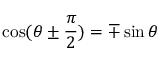
\cos ( \theta \pm { \frac { \pi } { 2 } } ) = \mp \sin \theta